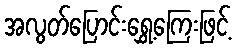
အလွတ်ပြောင်းရွှေ့ကြေးဖြင့်